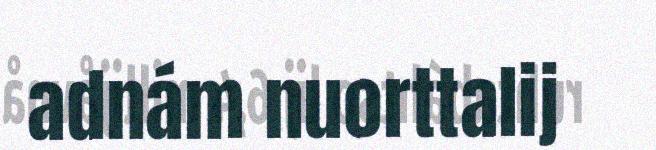
adnám nuorttalij